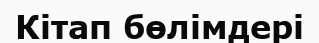
Кітап бөлімдері